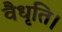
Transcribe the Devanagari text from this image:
वैधृति।